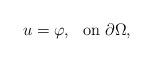
LaTeX: \begin{align*} u=\varphi,\ \ {\rm on} \ \partial \Omega, \end{align*}